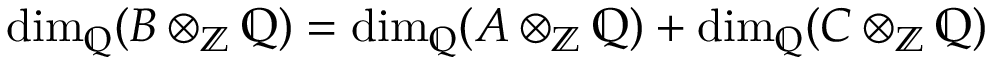
\dim _ { \mathbb { Q } } ( B \otimes _ { \mathbb { Z } } \mathbb { Q } ) = \dim _ { \mathbb { Q } } ( A \otimes _ { \mathbb { Z } } \mathbb { Q } ) + \dim _ { \mathbb { Q } } ( C \otimes _ { \mathbb { Z } } \mathbb { Q } )